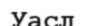
Уасл